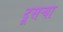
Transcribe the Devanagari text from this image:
दूसऱ्या